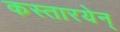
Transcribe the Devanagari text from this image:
कस्तारयेन्